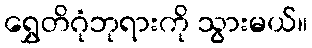
ရွှေတိဂုံဘုရားကို သွားမယ်။